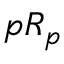
{ \mathfrak { p } } R _ { \mathfrak { p } }